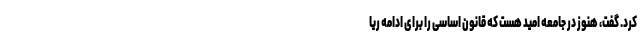
کرد. گفت، هنوز در جامعه امید هست که قانون اساسی را برای ادامه ریا